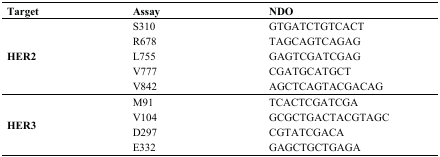
<table><thead><tr><td><b>Target</b></td><td><b>Assay</b></td><td><b>NDO</b></td></tr></thead><tbody><tr><td rowspan="5"><b>HER2</b></td><td>S310</td><td>GTGATCTGTCACT</td></tr><tr><td>R678</td><td>TAGCAGTCAGAG</td></tr><tr><td>L755</td><td>GAGTCGATCGAG</td></tr><tr><td>V777</td><td>CGATGCATGCT</td></tr><tr><td>V842</td><td>AGCTCAGTACGACAG</td></tr><tr><td rowspan="4"><b>HER3</b></td><td>M91</td><td>TCACTCGATCGA</td></tr><tr><td>V104</td><td>GCGCTGACTACGTAGC</td></tr><tr><td>D297</td><td>CGTATCGACA</td></tr><tr><td>E332</td><td>GAGCTGCTGAGA</td></tr></tbody></table>